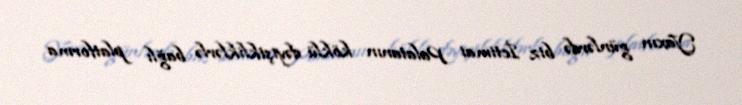
Yaxın günlərdə biz İctimai Palatanın köklü dəyişikliklərlə bağlı platforma